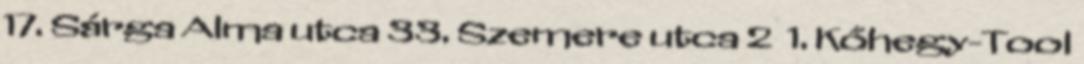
17. Sárga Alma utca 33. Szemere utca 2 1. Kőhegy-Tool